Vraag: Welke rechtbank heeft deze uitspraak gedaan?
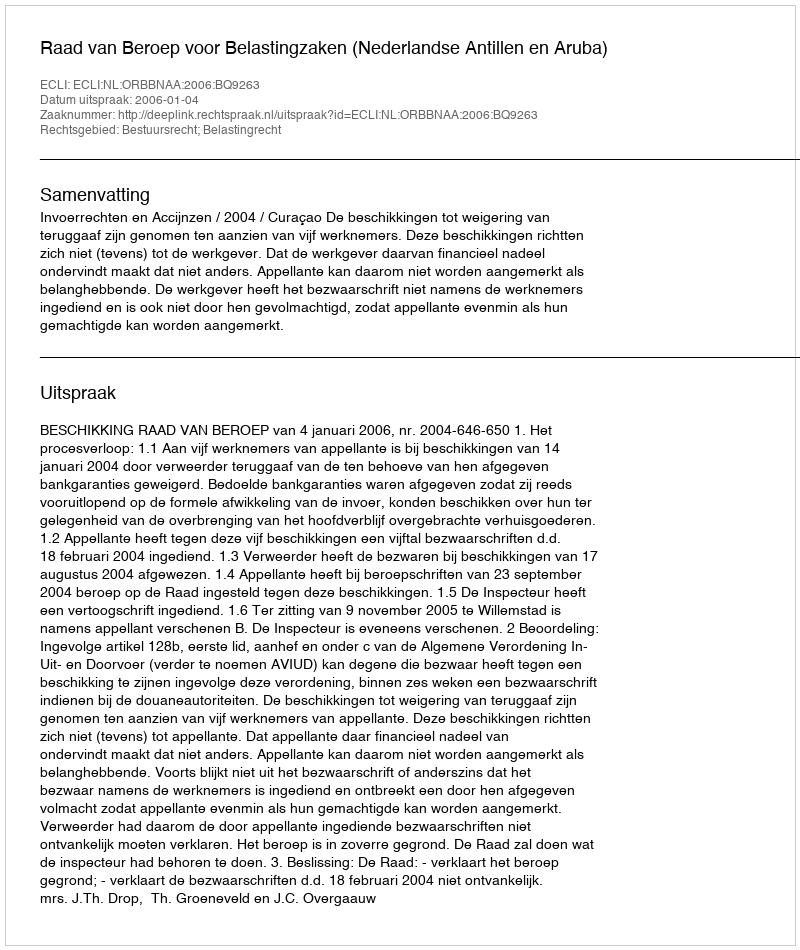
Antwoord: Raad van Beroep voor Belastingzaken (Nederlandse Antillen en Aruba)